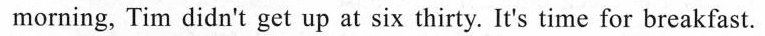
morning, Tim didn't get up at six thirty. It's time for breakfast.